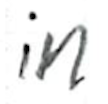
Text: in
Cross-out: clean
Writing tool: ballpoint